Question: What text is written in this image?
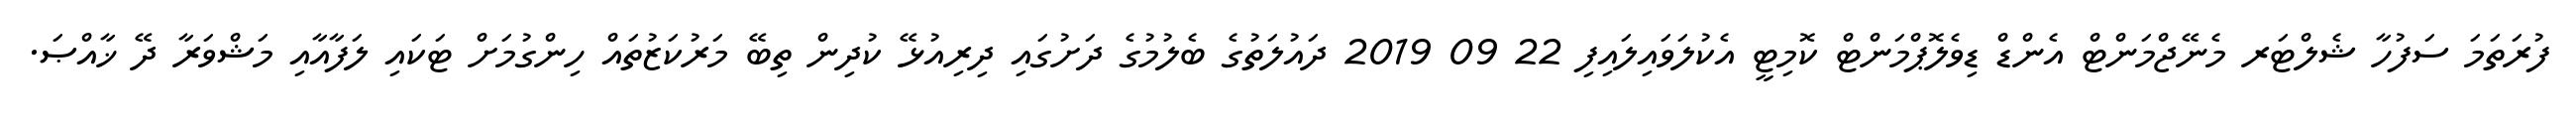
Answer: ފުރަތަމަ ސަފުހާ ޝެލްޓަރ މެނޭޖްމަންޓް އެންޑް ޑިވެލޮޕްމަންޓް ކޮމިޓީ އެކުލަވައިލައިފި 22 09 2019 ދައުލަތުގެ ބެލުމުގެ ދަށުގައި ދިރިއުޅޭ ކުދިން ތިބޭ މަރުކަޒުތައް ހިންގުމަށް ޓަކައި ލަފާއާއި މަޝްވަރާ ދޭ ޚާއްޞަ.